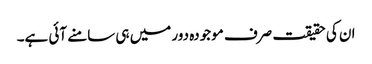
ان کی حقیقت صرف موجودہ دور میں ہی سامنے آئی ہے۔